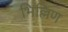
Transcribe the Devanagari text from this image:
भिल्लिण